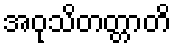
အဝုသိတတ္တာတိ